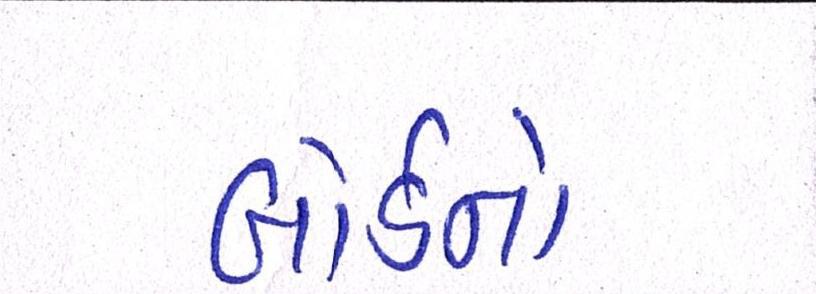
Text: બોર્ડનો